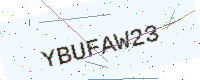
Text: YBUFAW23